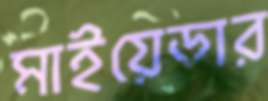
মাইয়েডার